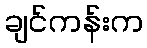
ချင်ကန်းက